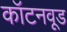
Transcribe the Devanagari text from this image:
कॉटनवूड